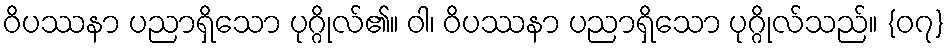
ဝိပဿနာ ပညာရှိသော ပုဂ္ဂိုလ်၏။ ဝါ၊ ဝိပဿနာ ပညာရှိသော ပုဂ္ဂိုလ်သည်။ {၀၇}